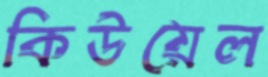
কিউয়েল